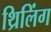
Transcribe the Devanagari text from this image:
थ्रिलिंग